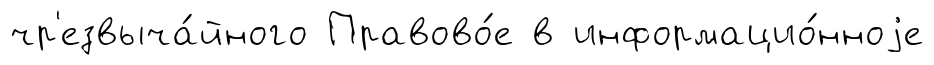
чр'езвыча́йного Правово́е в информацио́нноjе